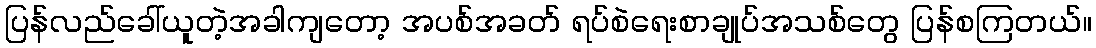
ပြန်လည်ခေါ်ယူတဲ့အခါကျတော့ အပစ်အခတ် ရပ်စဲရေးစာချုပ်အသစ်တွေ ပြန်စကြတယ်။